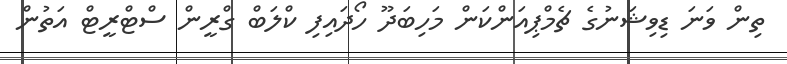
ތިން ވަނަ ޑިވިޝަނުގެ ޗެމްޕިއަންކަން މަހިބަދޫ ހޯދައިފި ކްލަބް ގްރީން ސްޓްރީޓް އަތުން